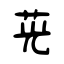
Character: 茪